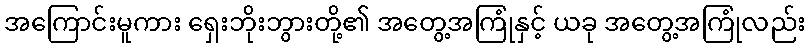
အကြောင်းမူကား ရှေးဘိုးဘွားတို့၏ အတွေ့အကြုံနှင့် ယခု အတွေ့အကြုံလည်း